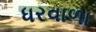
ધરવાળા